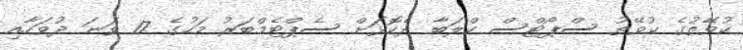
ކުވޭތުގެ ކުވޭތު ސްޕޯޓްސް ކްލަބާ ދެކޮޅަށް ސެޕްޓެމްބަރު މަހުގެ 17 ވަނަ ދުވަހާއި